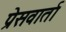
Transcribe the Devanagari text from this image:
प्रेसवार्ता